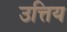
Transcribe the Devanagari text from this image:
उत्तिय